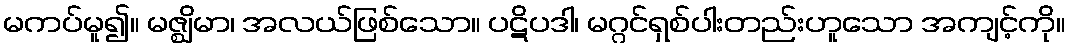
မကပ်မူ၍။ မဇ္ဈိမာ၊ အလယ်ဖြစ်သော။ ပဋိပဒါ၊ မဂ္ဂင်ရှစ်ပါးတည်းဟူသော အကျင့်ကို။